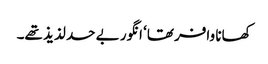
کھانا وافر تھا‘ انگور بے حد لذیذ تھے۔